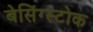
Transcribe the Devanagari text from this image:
बेसिंग्स्टोक